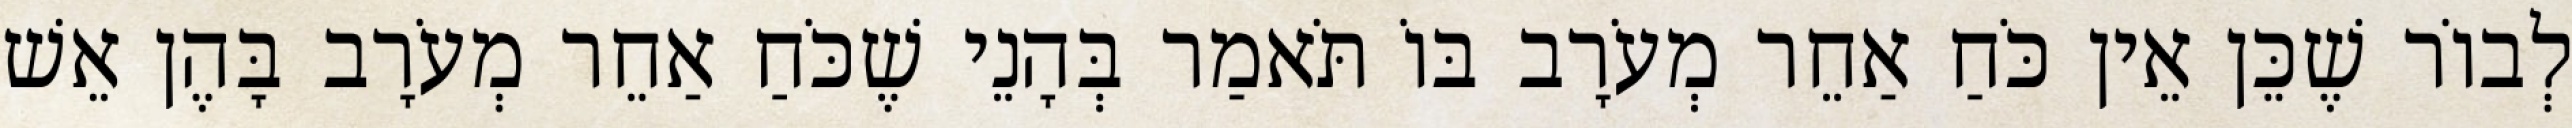
לְבוֹר שֶׁכֵּן אֵין כֹּחַ אַחֵר מְעֹרָב בּוֹ תֹּאמַר בְּהָנֵי שֶׁכֹּחַ אַחֵר מְעֹרָב בָּהֶן אֵשׁ